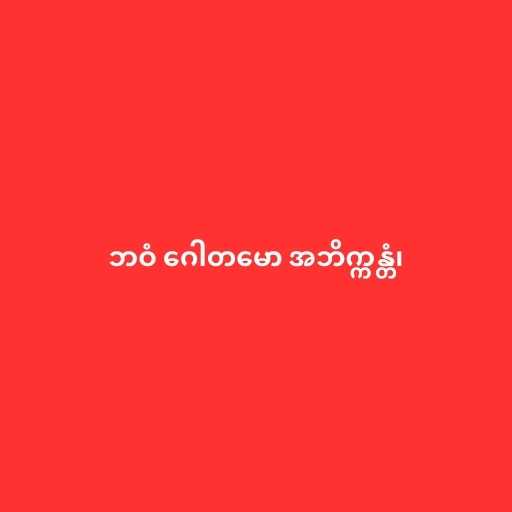
ဘဝံ ဂေါတမော အဘိက္ကန္တံ၊